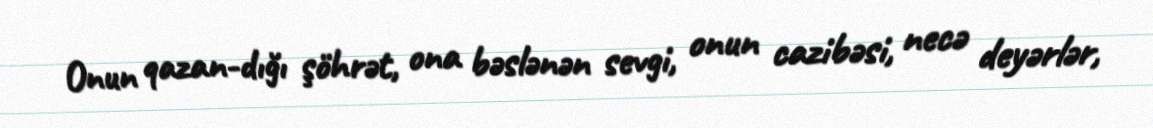
Onun qazan­dığı şöhrət, ona bəslənən sevgi, onun cazibəsi, necə deyərlər,